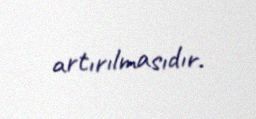
artırılmasıdır.